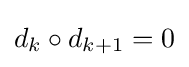
d_{k}\circ d_{k+1}=0